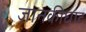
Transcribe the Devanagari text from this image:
जानकीघाट